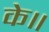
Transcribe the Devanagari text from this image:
के॥